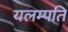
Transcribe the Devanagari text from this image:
यलम्पति